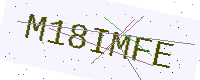
Text: M18IMFE